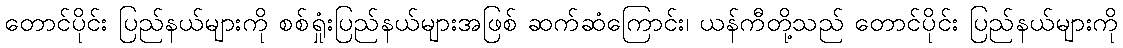
တောင်ပိုင်း ပြည်နယ်များကို စစ်ရှုံးပြည်နယ်များအဖြစ် ဆက်ဆံကြောင်း၊ ယန်ကီတို့သည် တောင်ပိုင်း ပြည်နယ်များကို